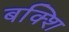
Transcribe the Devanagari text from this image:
बक्शि